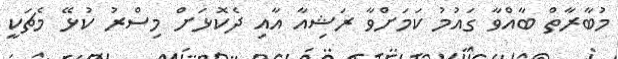
މުބާރާތް ބާއްވާ ގައުމު ކަމަށްވާ ރަޝިއާ އާއި ދެކޮޅަށް މިސްރު ކުޅޭ މެޗަކީ